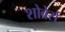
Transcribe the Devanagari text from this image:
शोवेर्स